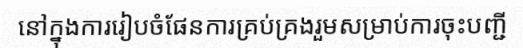
នៅក្នុងការរៀបចំផែនការគ្រប់គ្រងរួមសម្រាប់ការចុះបញ្ជី